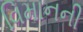
વિમાનની